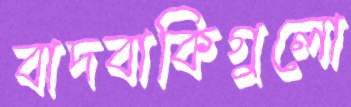
বাদবাকিগুলো